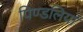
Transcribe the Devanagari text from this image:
पिण्डलियां